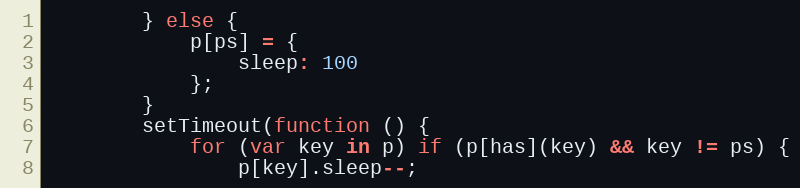
Language: JavaScript
        } else {
            p[ps] = {
                sleep: 100
            };
        }
        setTimeout(function () {
            for (var key in p) if (p[has](key) && key != ps) {
                p[key].sleep--;